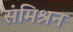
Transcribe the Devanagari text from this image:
संमिश्रन